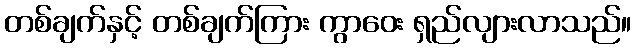
တစ်ချက်နှင့် တစ်ချက်ကြား ကွာဝေး ရှည်လျားလာသည်။